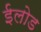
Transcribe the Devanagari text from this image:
ईलोड